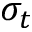
\sigma _ { t }